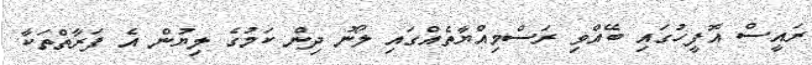
ރައީސް އޮފީހުގައި ބޭއްވި ރަސްމިއްޔާތެއްގައި ލޯނު ދިން ކަމުގެ ލިޔުން އެ ފަރާތްތަކާ